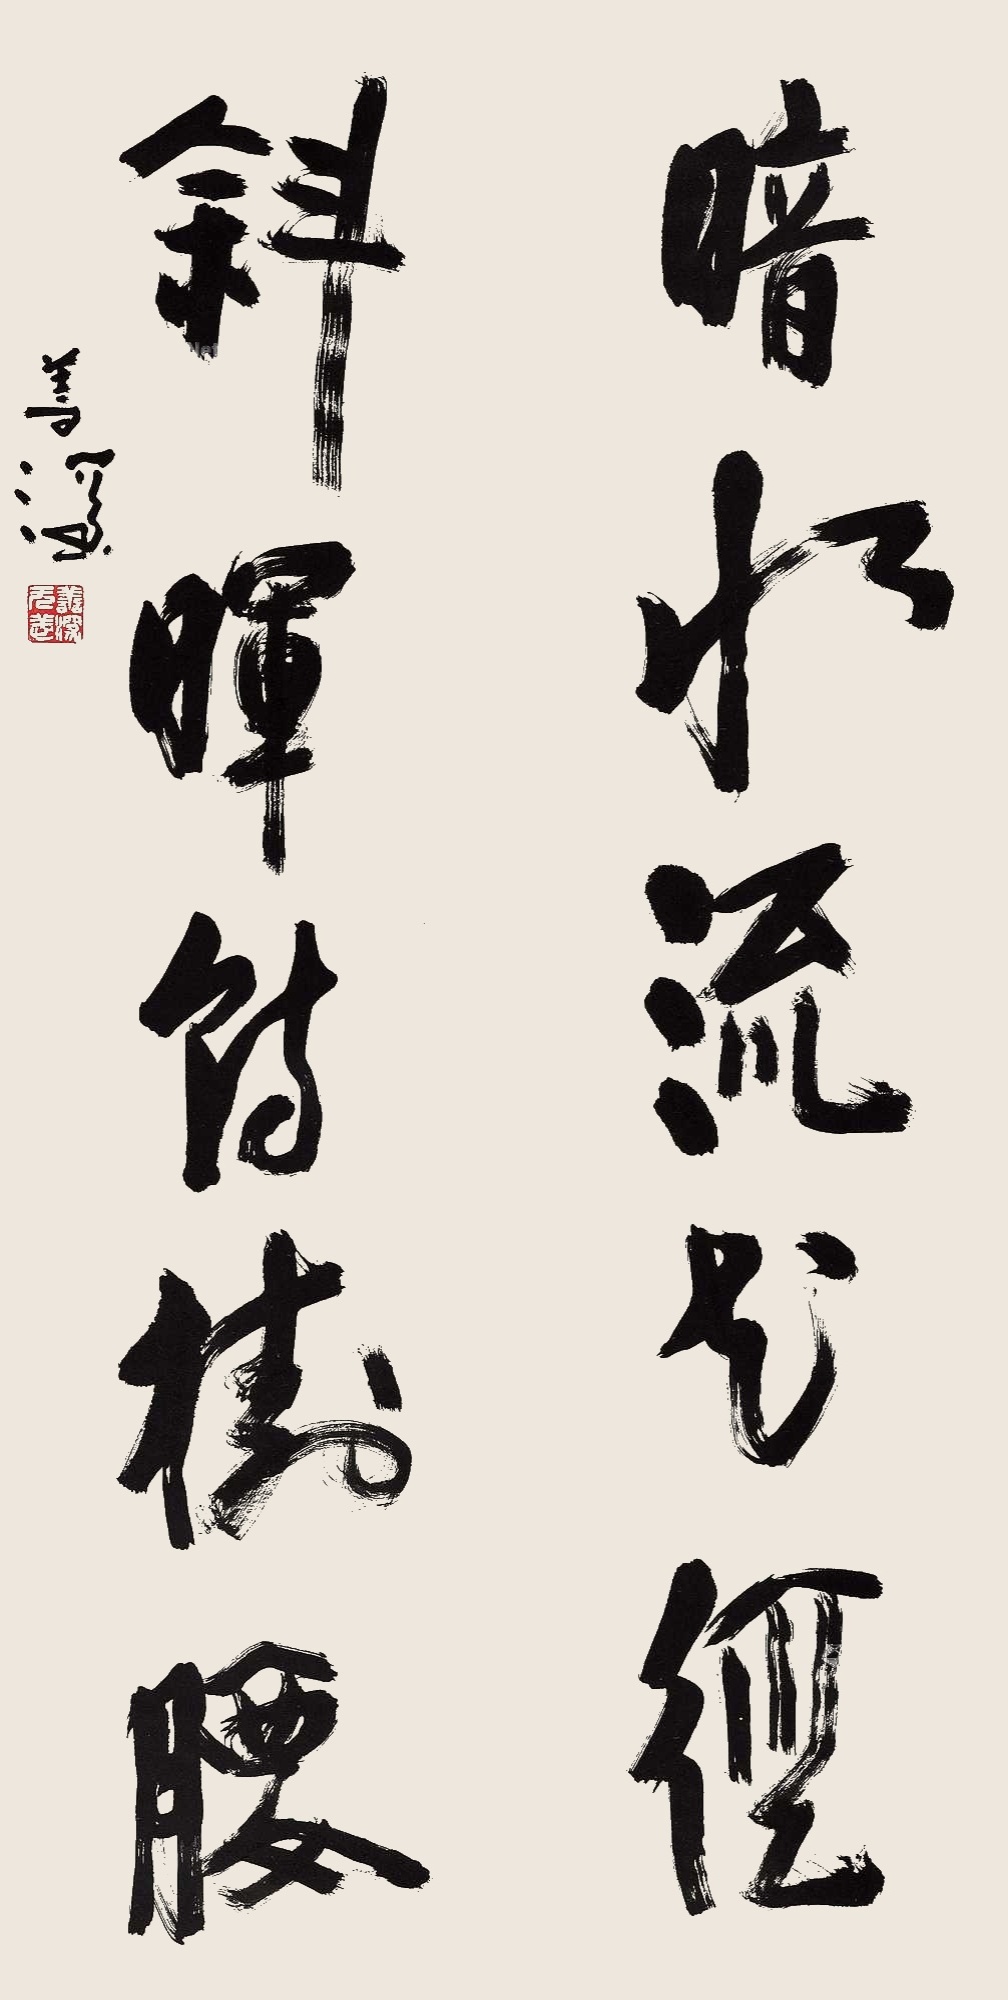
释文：暗水流于径，斜晖转树腰。善深。